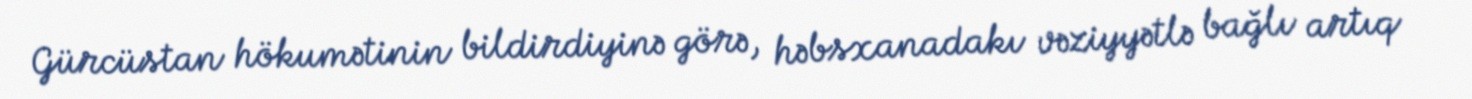
Gürcüstan hökumətinin bildirdiyinə görə, həbsxanadakı vəziyyətlə bağlı artıq